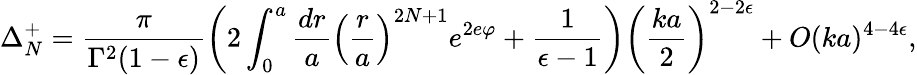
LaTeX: \Delta_{N}^{+}=\frac{\pi}{\Gamma^{2}(1-\epsilon)}\left(2\int_{0}^{a}\frac{dr}{a}\left(\frac{r}{a}\right)^{2N+1}e^{2e\varphi}+\frac{1}{\epsilon-1}\right)\left(\frac{ka}{2}\right)^{2-2\epsilon}+O(ka)^{4-4\epsilon},